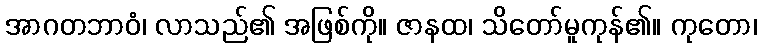
အာဂတဘာဝံ၊ လာသည်၏ အဖြစ်ကို။ ဇာနထ၊ သိတော်မူကုန်၏။ ကုတော၊